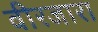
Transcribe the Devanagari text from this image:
वीरजारा